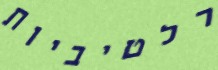
רלטיביות